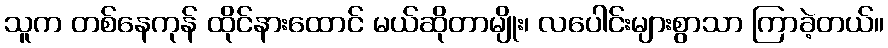
သူက တစ်နေကုန် ထိုင်နားထောင် မယ်ဆိုတာမျိုး၊ လပေါင်းများစွာသာ ကြာခဲ့တယ်။